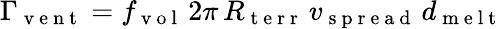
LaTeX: \Gamma_{\mathrm{~v~e~n~t~}}=f_{\mathrm{~v~o~l~}}\, 2\pi\, R_{\mathrm{~t~e~r~r~}}\, v_{\mathrm{~s~p~r~e~a~d~}}\, d_{\mathrm{~m~e~l~t~}}